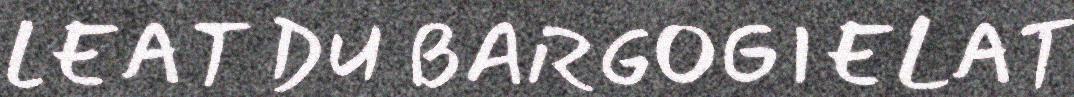
LEAT DU BARGOGIELAT